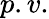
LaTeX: p.v.